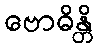
ဗောဓိန္တိ